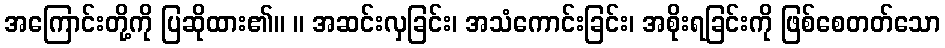
အကြောင်းတို့ကို ပြဆိုထား၏။ ။ အဆင်းလှခြင်း၊ အသံကောင်းခြင်း၊ အစိုးရခြင်းကို ဖြစ်စေတတ်သော